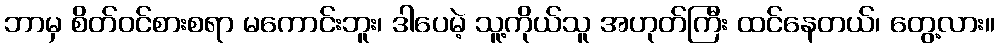
ဘာမှ စိတ်ဝင်စားစရာ မကောင်းဘူး၊ ဒါပေမဲ့ သူ့ကိုယ်သူ အဟုတ်ကြီး ထင်နေတယ်၊ တွေ့လား။